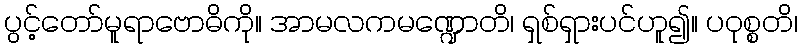
ပွင့်တော်မူရာဗောဓိကို။ အာမလကမဏ္ဍောတိ၊ ရှစ်ရှားပင်ဟူ၍။ ပဝုစ္စတိ၊